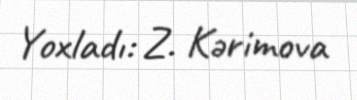
Yoxladı: Z. Kərimova